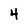
Character: 4